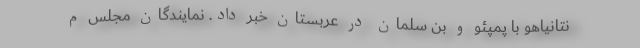
نتانیاهو با پمپئو و بن سلمان در عربستان خبر داد. نمایندگان مجلس م